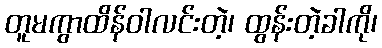
တူမကွာထိန်ဝါလင်းတဲ့၊ ထွန်းတဲ့ခါကို၊